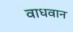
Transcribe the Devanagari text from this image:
वाधवान